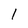
Character: I